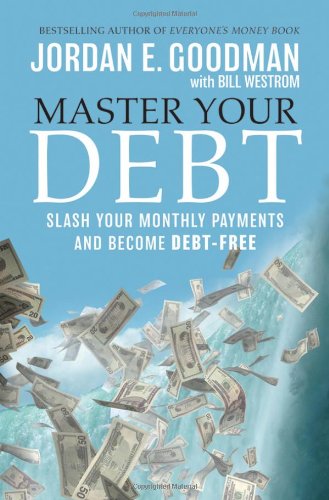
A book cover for Master Your Debt: Slash Your Monthly Payments and Become Debt Free; Jordan E. Goodman; Business & Money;